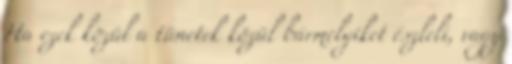
Ha ezek közül a tünetek közül bármelyiket észleli, vagy